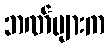
ဘဏ်များက